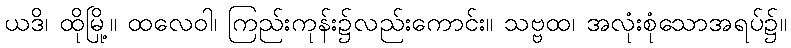
ယဒိ၊ ထိုမြို့။ ထလေဝါ၊ ကြည်းကုန်း၌လည်းကောင်း။ သဗ္ဗထ၊ အလုံးစုံသောအရပ်၌။